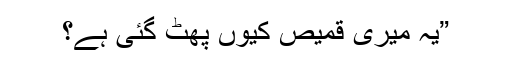
”یہ میری قمیص کیوں پھٹ گئی ہے؟